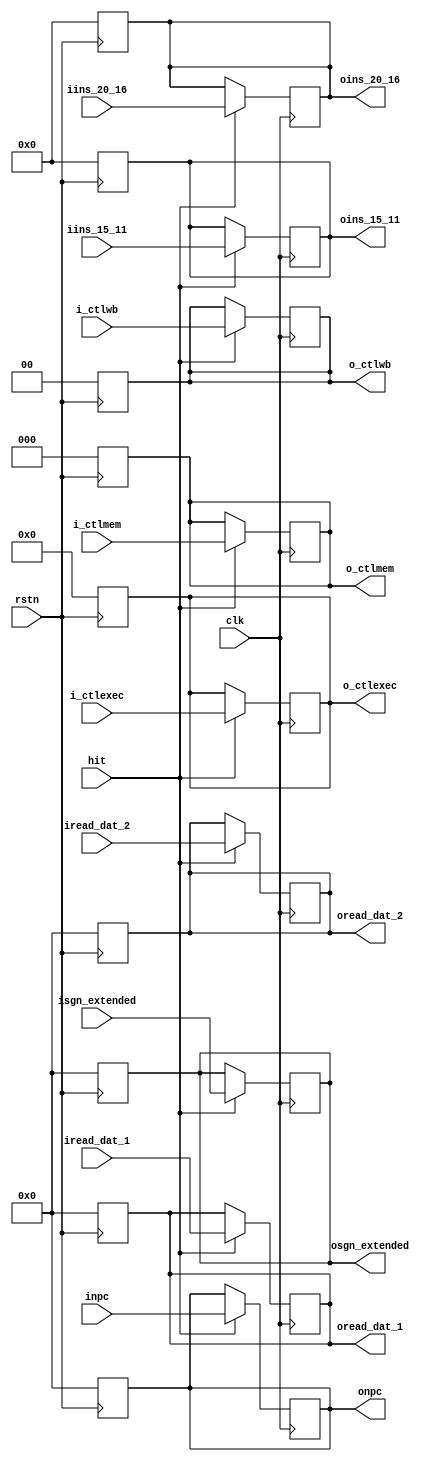
`timescale 1ns / 1ps

module IDEX(i_ctlwb,
            i_ctlmem,
            i_ctlexec,
            inpc,
            iread_dat_1,
            iread_dat_2,
            isgn_extended,
            iins_20_16,
            iins_15_11,
            o_ctlwb,
            o_ctlmem,
            o_ctlexec,
            onpc,
            oread_dat_1,
            oread_dat_2,
            osgn_extended,
            oins_20_16,
            oins_15_11,
            clk,
            rstn,
            hit   
   );

   input [1:0] i_ctlwb;
   input [2:0] i_ctlmem;
   input [3:0] i_ctlexec;
   input [31:0] inpc,
                iread_dat_1,
                iread_dat_2,
                isgn_extended;
   input [4:0] iins_20_16,
               iins_15_11;

   output reg [1:0] o_ctlwb;
   output reg [2:0] o_ctlmem;
   output reg [3:0] o_ctlexec;
   output reg [31:0] onpc, 
                     oread_dat_1,
                     oread_dat_2,
                     osgn_extended;
   output reg [4:0] oins_20_16,
                    oins_15_11;

   input clk, hit, rstn;

   always @(negedge rstn) begin
      o_ctlwb = 0;
      o_ctlmem = 0;
      o_ctlexec = 0;
      onpc = 0;
      oread_dat_1 = 0;
      oread_dat_2 = 0;
      osgn_extended = 0;
      oins_20_16 = 0; 
      oins_15_11 = 0;
   end

   always @(negedge clk) begin
      if (hit) begin
         o_ctlwb = i_ctlwb;
         o_ctlmem = i_ctlmem;
         o_ctlexec = i_ctlexec;
         onpc = inpc;
         oread_dat_1 = iread_dat_1;
         oread_dat_2 = iread_dat_2;
         osgn_extended = isgn_extended;
         oins_20_16 = iins_20_16; 
         oins_15_11 = iins_15_11;
      end
   end
endmodule // main